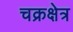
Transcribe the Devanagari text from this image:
चक्रक्षेत्र